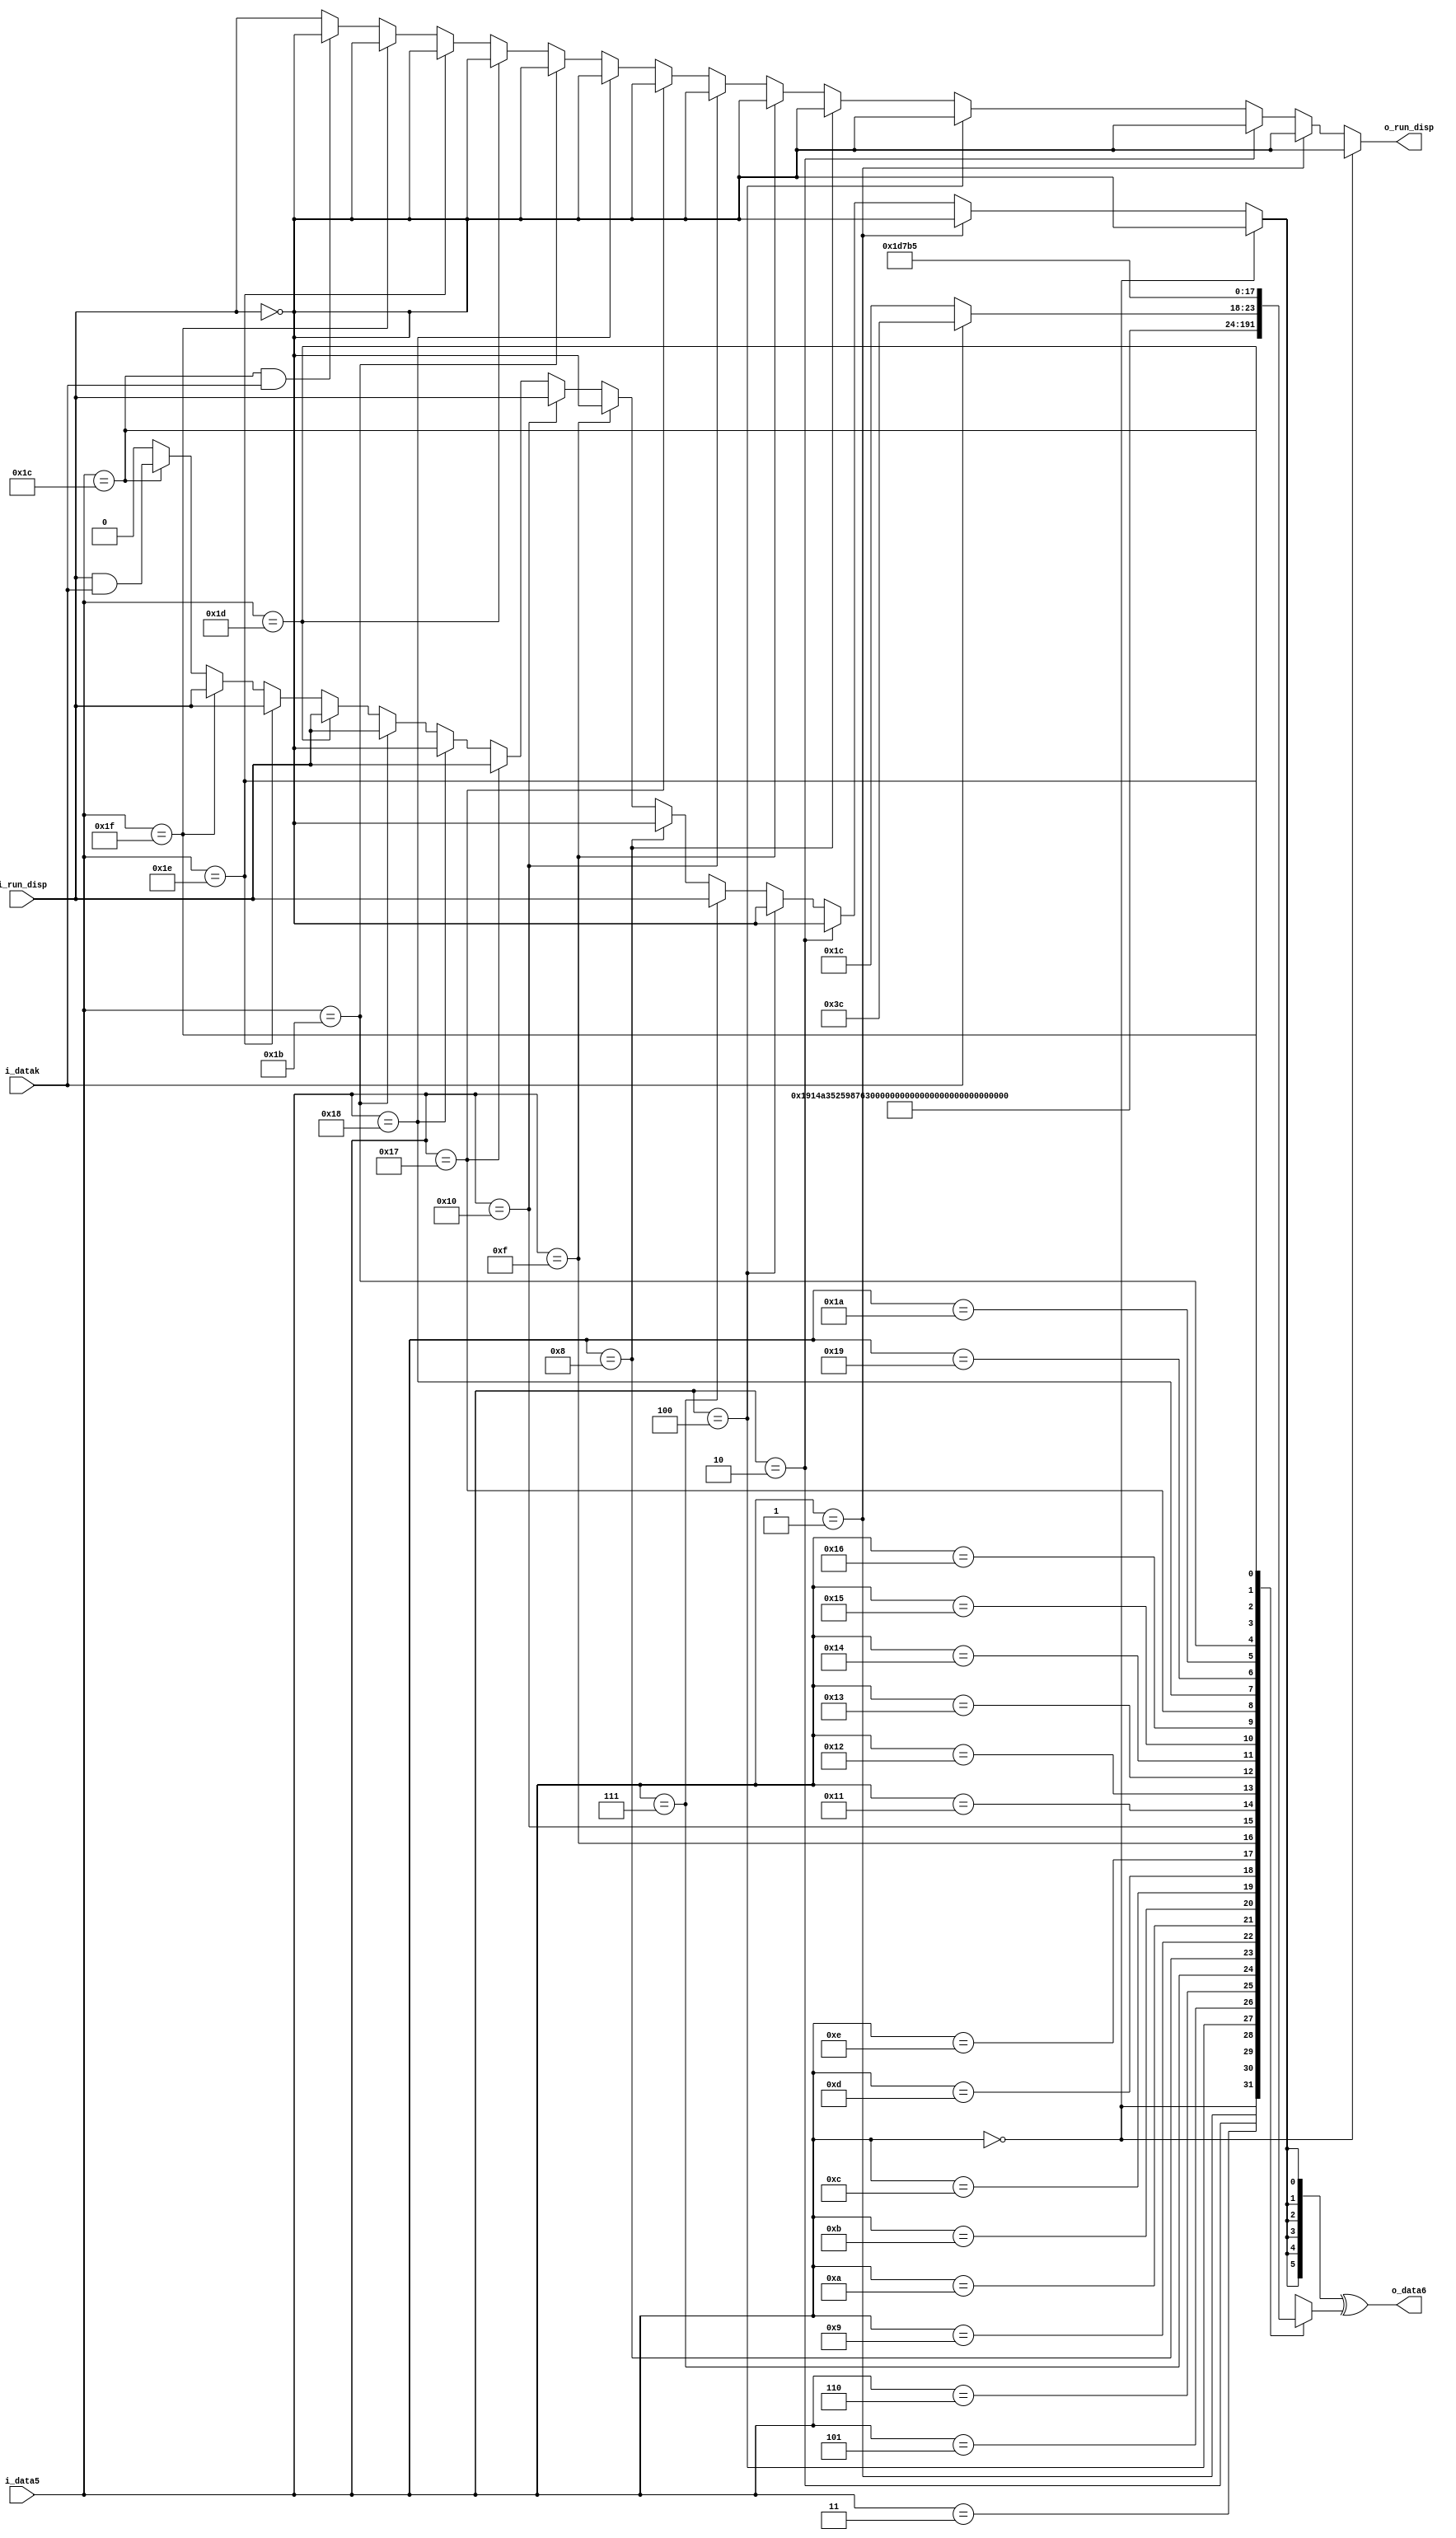
/*




//_____________________________________________________________________________
//Description
    * Performs standard 5b/6b encoding on the lower 5 bits of an octet of data
    * Used as part of a single byte 8B/10B encoder
    
*/
//_____________________________________________________________________________
//Module declaration

`timescale 1ns/1ns

module encoder_5b6b (
    input   wire    [4:0]   i_data5,     
    input   wire            i_datak,    //1=corresponding i_data bytes is a k character
    output  wire    [5:0]   o_data6,
    input   wire            i_run_disp,
    output  wire            o_run_disp
);


//_____________________________________________________________________________
//Declarations

    reg     [5:0]           data6;

    wire                    invert;


//_____________________________________________________________________________
//Main Body of code

    //Encode characters (EDCBA -> iedcba from 8B/10B tables
    always @*     
    case(i_data5)
        5'd0:       data6  =            6'b000110;   // D.0
        5'd1:       data6  =            6'b010001;   // D.1
        5'd2:       data6  =            6'b010010;   // D.2
        5'd3:       data6  =            6'b100011;   // D.3
        5'd4:       data6  =            6'b010100;   // D.4
        5'd5:       data6  =            6'b100101;   // D.5
        5'd6:       data6  =            6'b100110;   // D.6
        5'd7:       data6  =            6'b000111;   // D.7
        5'd8:       data6  =            6'b011000;   // D.8
        5'd9:       data6  =            6'b101001;   // D.9
        5'd10:      data6  =            6'b101010;   // D.10
        5'd11:      data6  =            6'b001011;   // D.11
        5'd12:      data6  =            6'b101100;   // D.12
        5'd13:      data6  =            6'b001101;   // D.13
        5'd14:      data6  =            6'b001110;   // D.14
        5'd15:      data6  =            6'b000101;   // D.15
        5'd16:      data6  =            6'b110110;   // D.16
        5'd17:      data6  =            6'b110001;   // D.17
        5'd18:      data6  =            6'b110010;   // D.18
        5'd19:      data6  =            6'b010011;   // D.19
        5'd20:      data6  =            6'b110100;   // D.20
        5'd21:      data6  =            6'b010101;   // D.21
        5'd22:      data6  =            6'b010110;   // D.22
        5'd23:      data6  =            6'b010111;   // D.23, K.23
        5'd24:      data6  =            6'b001100;   // D.24
        5'd25:      data6  =            6'b011001;   // D.25
        5'd26:      data6  =            6'b011010;   // D.26
        5'd27:      data6  =            6'b011011;   // D.27, K.27
        5'd28:      data6  =   i_datak? 6'b111100:   // K.28
                                        6'b011100;   // D.28
        5'd29:      data6  =            6'b011101;   // D.29, K.29
        5'd30:      data6  =            6'b011110;   // D.30, K.30
        5'd31:      data6  =            6'b110101;   // D.31   
        default :   data6  =            6'bxxxxxx;   // Invalid D
    endcase
    
    
    //For codes that invert depending on current running disparity, determine whether
    //inversion is required
    assign  invert  =   (i_data5 == 5'd0)?   !i_run_disp:              // D.0
                        (i_data5 == 5'd1)?   !i_run_disp:              // D.1
                        (i_data5 == 5'd2)?   !i_run_disp:              // D.2  
                        (i_data5 == 5'd4)?   !i_run_disp:              // D.4
                        (i_data5 == 5'd7)?   i_run_disp:               // D.7 
                        (i_data5 == 5'd8)?   !i_run_disp:              // D.8  
                        (i_data5 == 5'd15)?  !i_run_disp:              // D.15  
                        (i_data5 == 5'd16)?  i_run_disp:               // D.16  
                        (i_data5 == 5'd23)?  i_run_disp:               // D.23  
                        (i_data5 == 5'd24)?  !i_run_disp:              // D.24  
                        (i_data5 == 5'd27)?  i_run_disp:               // D.27  
                        (i_data5 == 5'd29)?  i_run_disp:               // D.29  
                        (i_data5 == 5'd30)?  i_run_disp:               // D.30  
                        (i_data5 == 5'd31)?  i_run_disp:               // D.31
                        (i_data5 == 5'd28)?  (i_run_disp && i_datak):  // K.28
                                            1'b0;
                                          
    //Invert the data if required
    assign  o_data6   =  {6{invert}}^data6;



    
    //Some data5 characters invert running disparity. 
    assign  o_run_disp  =   (i_data5 == 5'd0)?              !i_run_disp:  // D.0 
                            (i_data5 == 5'd1)?              !i_run_disp:  // D.1 
                            (i_data5 == 5'd2)?              !i_run_disp:  // D.2 
                            (i_data5 == 5'd4)?              !i_run_disp:  // D.4 
                            (i_data5 == 5'd8)?              !i_run_disp:  // D.8    
                            (i_data5 == 5'd15)?             !i_run_disp:  // D.15   
                            (i_data5 == 5'd16)?             !i_run_disp:  // D.16   
                            (i_data5 == 5'd23)?             !i_run_disp:  // D.23   
                            (i_data5 == 5'd24)?             !i_run_disp:  // D.24   
                            (i_data5 == 5'd27)?             !i_run_disp:  // D.27   
                            (i_data5 == 5'd29)?             !i_run_disp:  // D.29   
                            (i_data5 == 5'd30)?             !i_run_disp:  // D.30   
                            (i_data5 == 5'd31)?             !i_run_disp:  // D.31 
                            (i_data5 == 5'd28 && i_datak)?  !i_run_disp:  // K.28 
                                                            i_run_disp;   // All others are neutral


endmodule